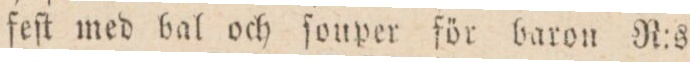
feſt med bal och ſouper för baron N:s